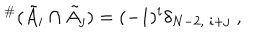
LaTeX: { } ^ { \# } ( \tilde { A } _ { i } \cap \tilde { A } _ { j } ) = ( - 1 ) ^ { i } \delta _ { N - 2 , \; i + j } \; ,